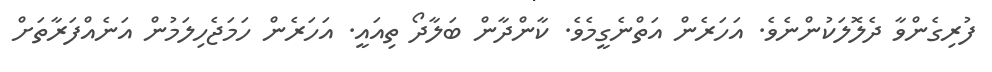
ފުރިގެންވާ ދެލޮލަކުންނެވެ. އަހަރެން އަތްނެގީމެވެ. ކާންދާން ބަލާދޯ ތިއައީ. އަހަރެން ހަމަޖެހިލަމުން އަނެއްފަރާތަށް